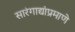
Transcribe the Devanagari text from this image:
सारंगाद्यांप्रमाणे